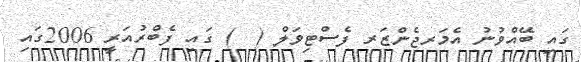
ގައި ބޭއްވުނު އެމަރޖެންޒަރ ފެސްޓިވަލް (  ) ގައި ފެބްރުއަރީ 2006ގައި